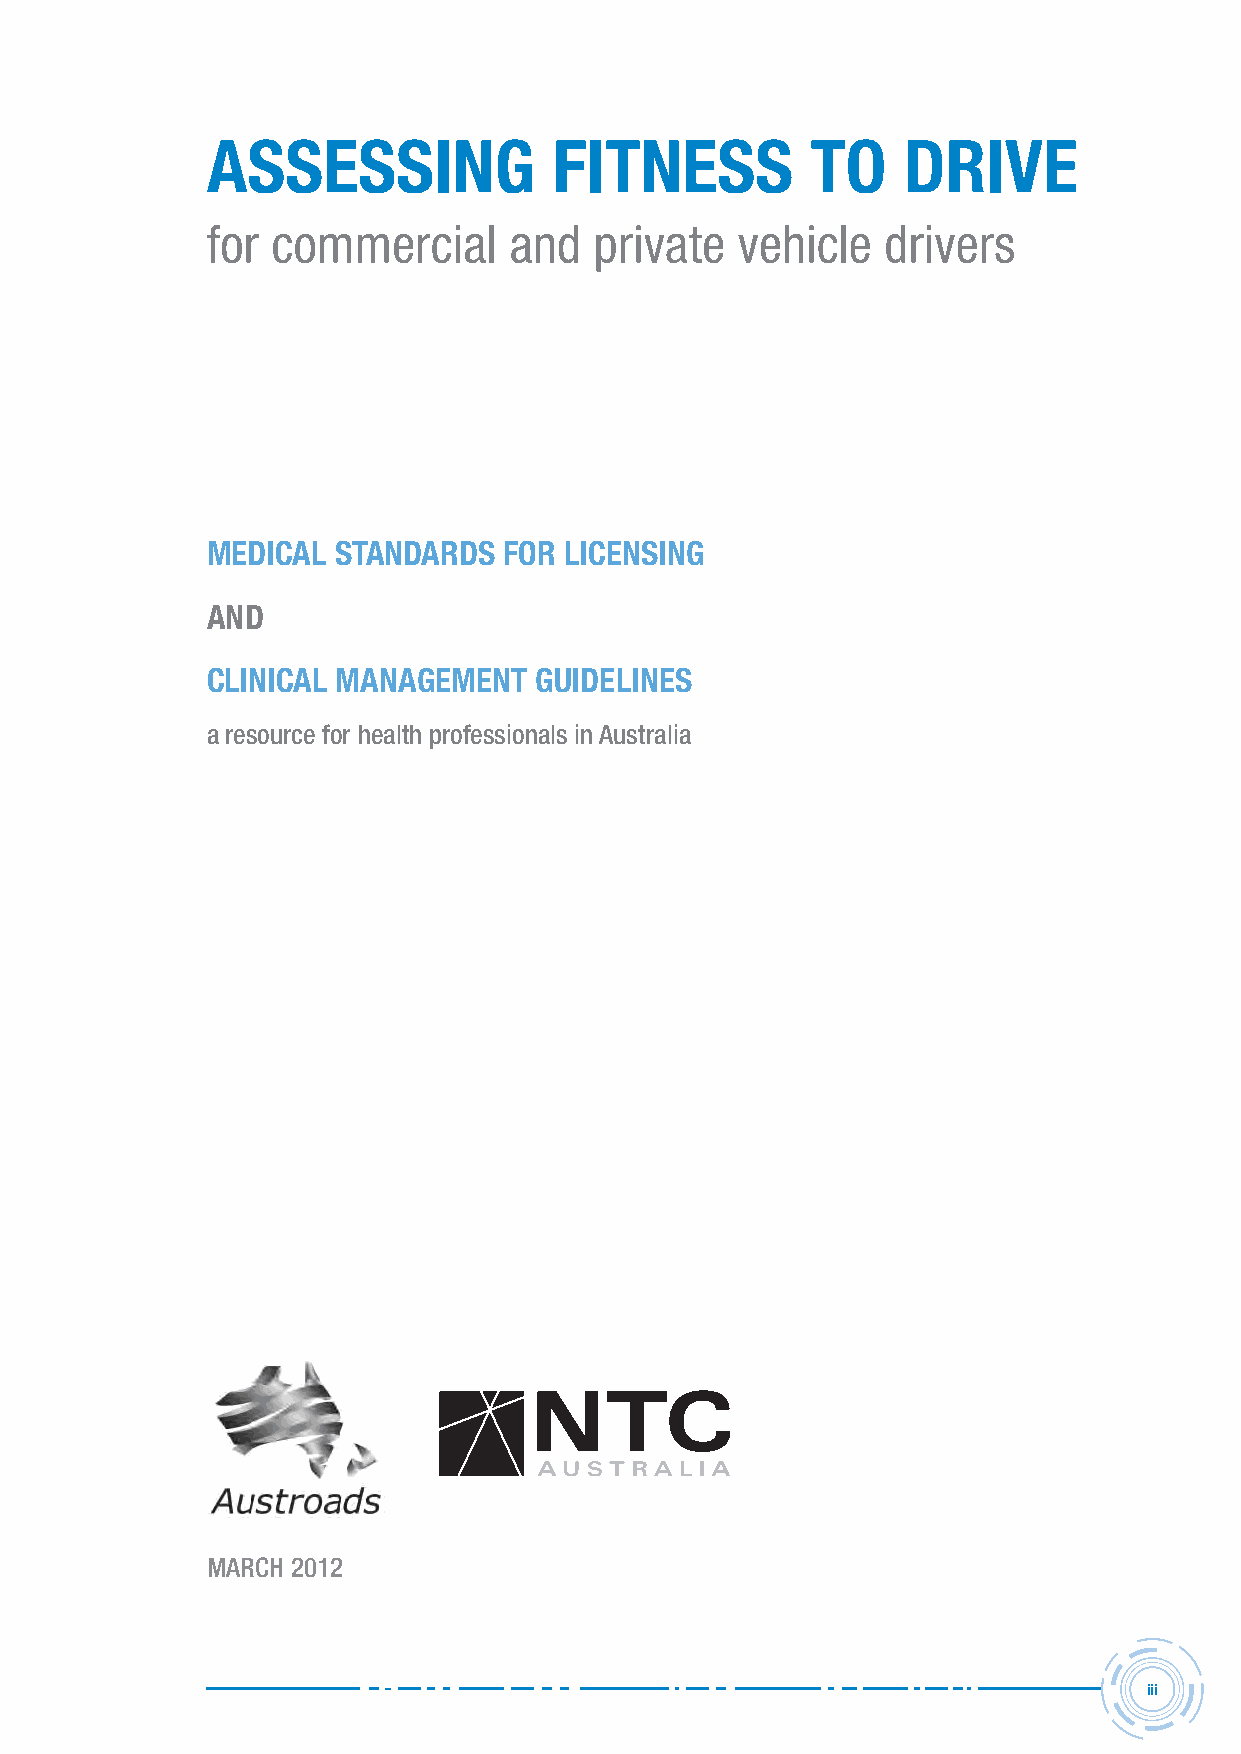
ASSESSINg              FItNESS          tO    DRIvE
 for commercial      and  private   vehicle   drivers
 MEDICAL StANDARDS  FOR LICENSINg
 AND
 CLINICAL MANAgEMENt  gUIDELINES
 a resource for health professionals in Australia
 mArch 2012
 iii